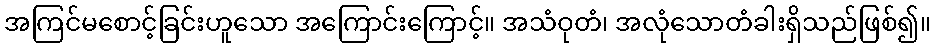
အကြင်မစောင့်ခြင်းဟူသော အကြောင်းကြောင့်။ အသံဝုတံ၊ အလုံသောတံခါးရှိသည်ဖြစ်၍။